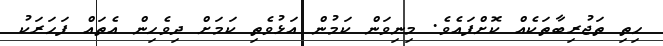
ހިތި ތަޖުރިބާތަކެއް ކޮށްފައެވެ. މިނިވަން ކަމުން އަޅުވެތި ކަމަށް ދިވެހިން އެތައް ފަހަރަކު